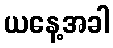
ယနေ့အခါ